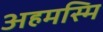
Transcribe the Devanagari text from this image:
अहमस्मि